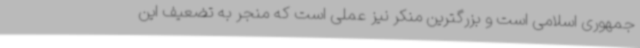
جمهوری اسلامی است و بزرگترین منکر نیز عملی است که منجر به تضعیف این